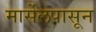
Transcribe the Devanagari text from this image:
मार्सेलपासून